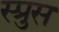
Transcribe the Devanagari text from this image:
स्प्रुस